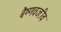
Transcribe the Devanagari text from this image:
बैष्णवजीव